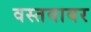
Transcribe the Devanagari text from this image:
वस्तवावर